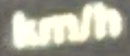
KM/H